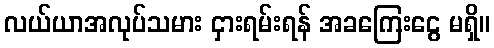
လယ်ယာအလုပ်သမား ငှားရမ်းရန် အခကြေးငွေ မရှိ။